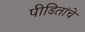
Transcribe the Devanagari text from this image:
पीडितांचे